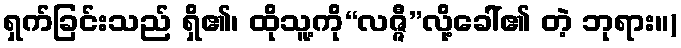
ရှက်ခြင်းသည် ရှိ၏၊ ထိုသူ့ကို“လဇ္ဇီ”လို့ခေါ်၏ တဲ့ ဘုရား။)